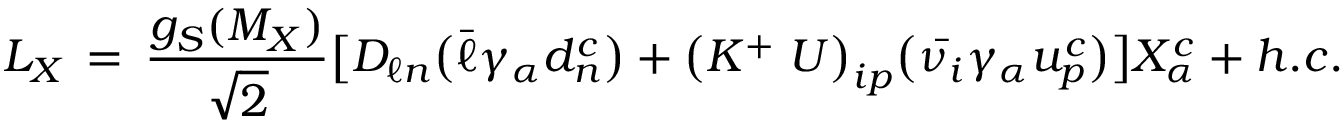
{ \cal L } _ { X } \, = \, \frac { g _ { S } ( M _ { X } ) } { \sqrt 2 } \big [ { \cal D } _ { \ell n } \big ( \bar { \ell } \gamma _ { \alpha } d _ { n } ^ { c } \big ) + \big ( { \cal K ^ { + } \; \cal U } \big ) _ { i p } \big ( \bar { \nu _ { i } } \gamma _ { \alpha } u _ { p } ^ { c } \big ) \big ] X _ { \alpha } ^ { c } + h . c .